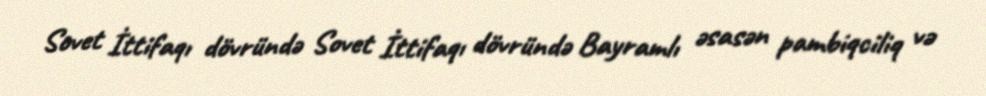
Sovet İttifaqı dövründə Sovet İttifaqı dövründə Bayramlı əsasən pambiqciliq və